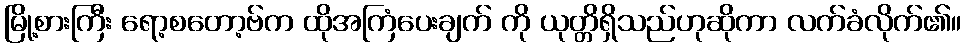
မြို့စားကြီး ရော့စတော့ဗ်က ထိုအကြံပေးချက် ကို ယုတ္တိရှိသည်ဟုဆိုကာ လက်ခံလိုက်၏။